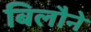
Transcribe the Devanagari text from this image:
बिलौने